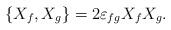
LaTeX: \begin{align*} \{X_f,X_g \}=2 \varepsilon_{fg}X_fX_g.\end{align*}